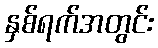
နှစ်ရက်အတွင်း